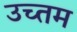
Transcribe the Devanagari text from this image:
उच्तम